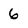
Character: 6